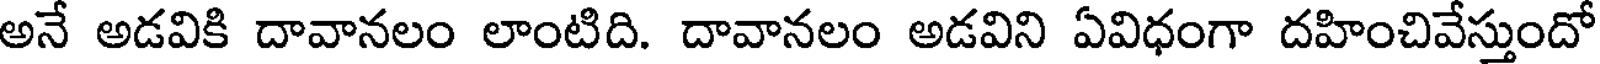
అనే అడవికి దావానలం లాంటిది. దావానలం అడవిని ఏవిధంగా దహించివేస్తుందో